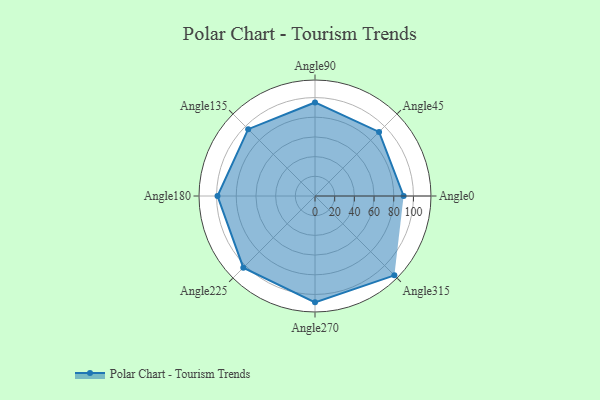
{"axis": {"x": "Angle", "y": "Radius"}, "legend": [""], "data": [{"x": "Angle0", "y": 90.0, "type": ""}, {"x": "Angle45", "y": 92.0, "type": ""}, {"x": "Angle90", "y": 95.0, "type": ""}, {"x": "Angle135", "y": 96.0, "type": ""}, {"x": "Angle180", "y": 99.0, "type": ""}, {"x": "Angle225", "y": 103.0, "type": ""}, {"x": "Angle270", "y": 108.0, "type": ""}, {"x": "Angle315", "y": 114.0, "type": ""}]}